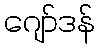
ဂျော်ဒန်